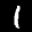
Label: 1